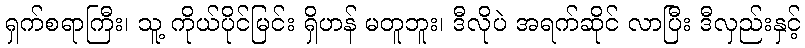
ရှက်စရာကြီး၊ သူ့ ကိုယ်ပိုင်မြင်း ရှိဟန် မတူဘူး၊ ဒီလိုပဲ အရက်ဆိုင် လာပြီး ဒီလှည်းနှင့်